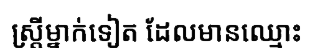
ស្ត្រីម្នាក់ទៀត ដែលមានឈ្មោះ